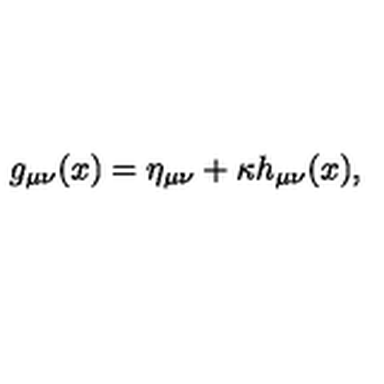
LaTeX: g _ { \mu \nu } ( x ) = \eta _ { \mu \nu } + \kappa h _ { \mu \nu } ( x ) ,